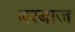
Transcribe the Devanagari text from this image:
बरबाज